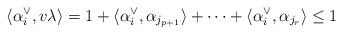
LaTeX: \begin{align*} \langle \alpha_i^\vee, v\lambda \rangle = 1 + \langle \alpha_i^\vee, \alpha_{j_{p+1}} \rangle + \dots + \langle \alpha_i^\vee, \alpha_{j_r} \rangle \le 1 \end{align*}